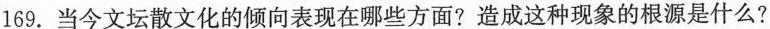
169. 当今文坛散文化的倾向表现在哪些方面?造成这种现象的根源是什么?